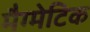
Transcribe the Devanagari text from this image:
मैग्मेटिक